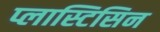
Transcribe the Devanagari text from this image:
प्लास्टिसिन